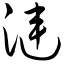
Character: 涟